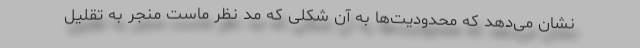
نشان می‌دهد که محدودیت‌ها به آن شکلی که مد نظر ماست منجر به تقلیل